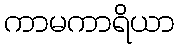
ကာမကာရိယာ